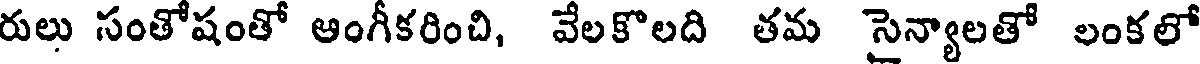
రులు సంతోషంతో ఆంగీకరించి, వేలకొలది తమ సైన్యాలతో లంకలో